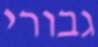
גבורי